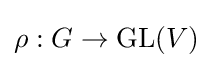
\rho :G\to \mathrm {GL} (V)